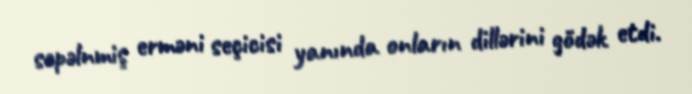
səpəlnmiş erməni seçicisi yanında onların dillərini gödək etdi.